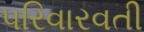
પરિવારવતી